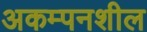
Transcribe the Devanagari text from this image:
अकम्पनशील